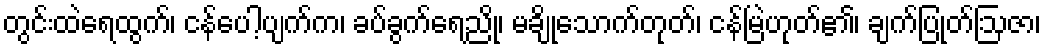
တွင်းထဲရေထွက်၊ ငန်ပေါ့ပျက်က၊ ခပ်ခွက်ရေညို၊ မချိုသောက်တုတ်၊ ငန်မြဲဟုတ်၏၊ ချက်ပြုတ်ဩဇာ၊